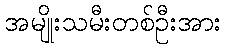
အမျိုးသမီးတစ်ဦးအား